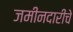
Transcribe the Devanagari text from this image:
जमीनदारीचे